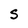
Character: S